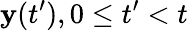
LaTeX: {\mathbf{y}}(t^{\prime}),0\leq t^{\prime}<t